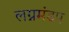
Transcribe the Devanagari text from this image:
लग्नमंडप